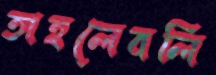
তাহলেবলি